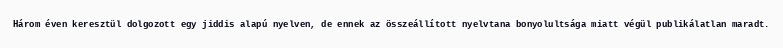
Három éven keresztül dolgozott egy jiddis alapú nyelven, de ennek az összeállított nyelvtana bonyolultsága miatt végül publikálatlan maradt.